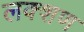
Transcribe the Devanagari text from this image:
लक्शण